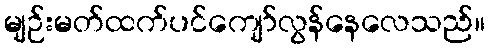
မျဉ်းမတ်ထက်ပင်ကျော်လွန်နေလေသည်။